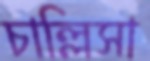
চাল্লিসা